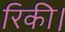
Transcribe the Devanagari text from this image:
रिकी।